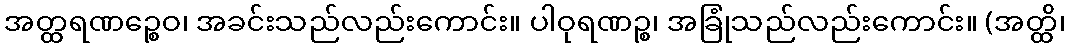
အတ္ထရဏဉ္စေဝ၊ အခင်းသည်လည်းကောင်း။ ပါဝုရဏဉ္စ၊ အခြုံသည်လည်းကောင်း။ (အတ္ထိ၊